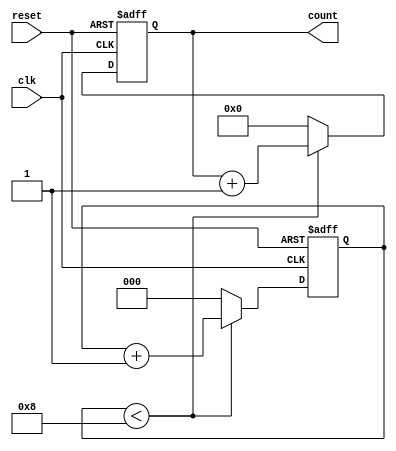
module while_loop_example (
    input wire clk,
    input wire reset,
    output reg [7:0] count
);

reg [2:0] i;

always @(posedge clk or posedge reset) begin
    if (reset) begin
        count <= 0;
        i <= 0;
    end else begin
        if (i < 8) begin
            count <= count + 1;
            i <= i + 1;
        end else begin
            count <= 0;
            i <= 0;
        end
    end
end

endmodule